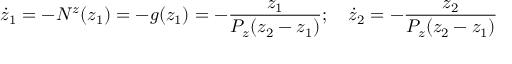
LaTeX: \dot { z } _ { 1 } = - N ^ { z } ( z _ { 1 } ) = - g ( z _ { 1 } ) = - \frac { z _ { 1 } } { P _ { z } ( z _ { 2 } - z _ { 1 } ) } ; ~ ~ ~ \dot { z } _ { 2 } = - \frac { z _ { 2 } } { P _ { z } ( z _ { 2 } - z _ { 1 } ) }